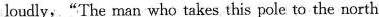
loudly, "The man who takes this pole to the north